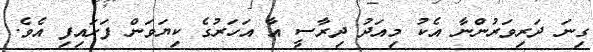
ގިނަ ދަރިވަރުންނާ އެކު މިއަދު ދިރާސީ އާ އަހަރުގެ ކިޔަވަން ފަށައިފި އެވެ.